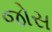
જોસ